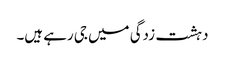
دہشت زدگی میں جی رہے ہیں۔